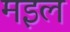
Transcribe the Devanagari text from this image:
मइल